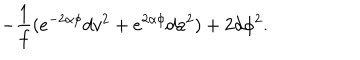
- \frac { 1 } { f } ( e ^ { - 2 \alpha \phi } d v ^ { 2 } + e ^ { 2 \alpha \phi } d a ^ { 2 } ) + 2 d \phi ^ { 2 } .